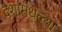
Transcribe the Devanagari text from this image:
देशांमधल्या